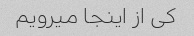
کی از اینجا میرویم